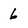
Character: 6